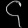
Digit: ၄